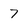
Character: 7